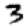
Digit: 3